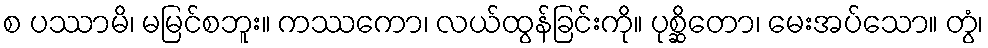
စ ပဿာမိ၊ မမြင်စဘူး။ ကဿကော၊ လယ်ထွန်ခြင်းကို။ ပုစ္ဆိတော၊ မေးအပ်သော။ တွံ၊